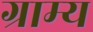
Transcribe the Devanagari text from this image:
ग्राम्‍य